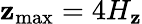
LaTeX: \mathbf{z}_{\mathrm{{max}}}=4H_{\mathbf{z}}